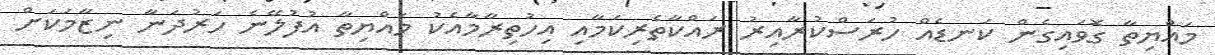
މައްޔިތާ ގޮވައިގެން ކަނޑެއް ހުރަސްކުރާއިރު ރައްކާތެރިކަމާއި އިހުތިރާމާއެކު މައްޔިތާ އުފުލޭނެ ހަރުދަނާ ނިޒާމަކަށް